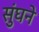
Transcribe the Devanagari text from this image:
सुंघने